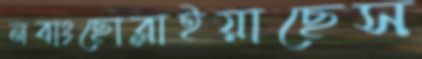
নবাংছোব্‌লাইয়াছেস